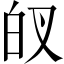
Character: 𱱻